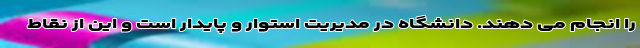
را انجام می دهند. دانشگاه در مدیریت استوار و پایدار است و این از نقاط